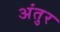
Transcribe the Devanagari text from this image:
अंतुर